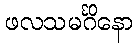
ဖလသမင်္ဂိနော